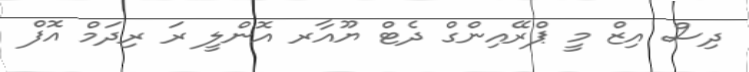
ދިސް އިޒް މީ ޕްރޭއިންގް ދެޓް ޔޫއާރ އޮންލީ ރަ ރިދަމް އޮފް